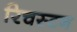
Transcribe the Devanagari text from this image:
रिचस्टन